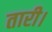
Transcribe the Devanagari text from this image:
तारी।